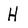
Character: H